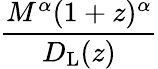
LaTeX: \frac{M^{\alpha}(1+z)^{\alpha}}{D_{\mathrm{{L}}}(z)}